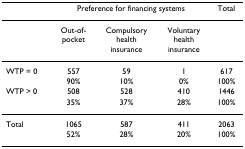
|  | <COLSPAN=3> Preference for financing systems | Total |
 | --- | --- | --- | --- | --- |
 |  | Out-of-pocket | Compulsoryhealthinsurance | Voluntaryhealthinsurance |  |
 | WTP = 0 | 557 | 59 | 1 | 617 |
 |  | 90% | 10% | 0% | 100% |
 | WTP > 0 | 508 | 528 | 410 | 1446 |
 |  | 35% | 37% | 28% | 100% |
 | Total | 1065 | 587 | 411 | 2063 |
 |  | 52% | 28% | 20% | 100% |